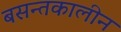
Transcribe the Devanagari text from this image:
बसन्तकालीन